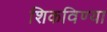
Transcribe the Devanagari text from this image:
शिकविण्या